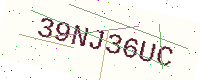
Text: 39NJ36UC